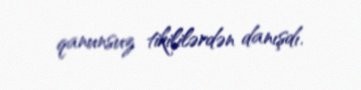
qanunsuz tikililərdən danışdı.